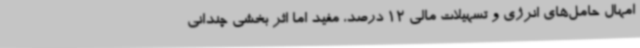
امهال حامل‌های انرژی و تسهیلات مالی 12 درصد، مفید اما اثر بخشی چندانی